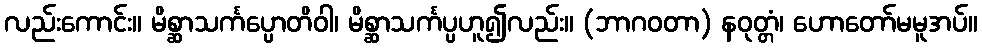
လည်းကောင်း။ မိစ္ဆာသင်္ကပ္ပောတိဝါ၊ မိစ္ဆာသင်္ကပ္ပဟူ၍လည်း။ (ဘာဂဝတာ) နဝုတ္တံ၊ ဟောတော်မမူအပ်။